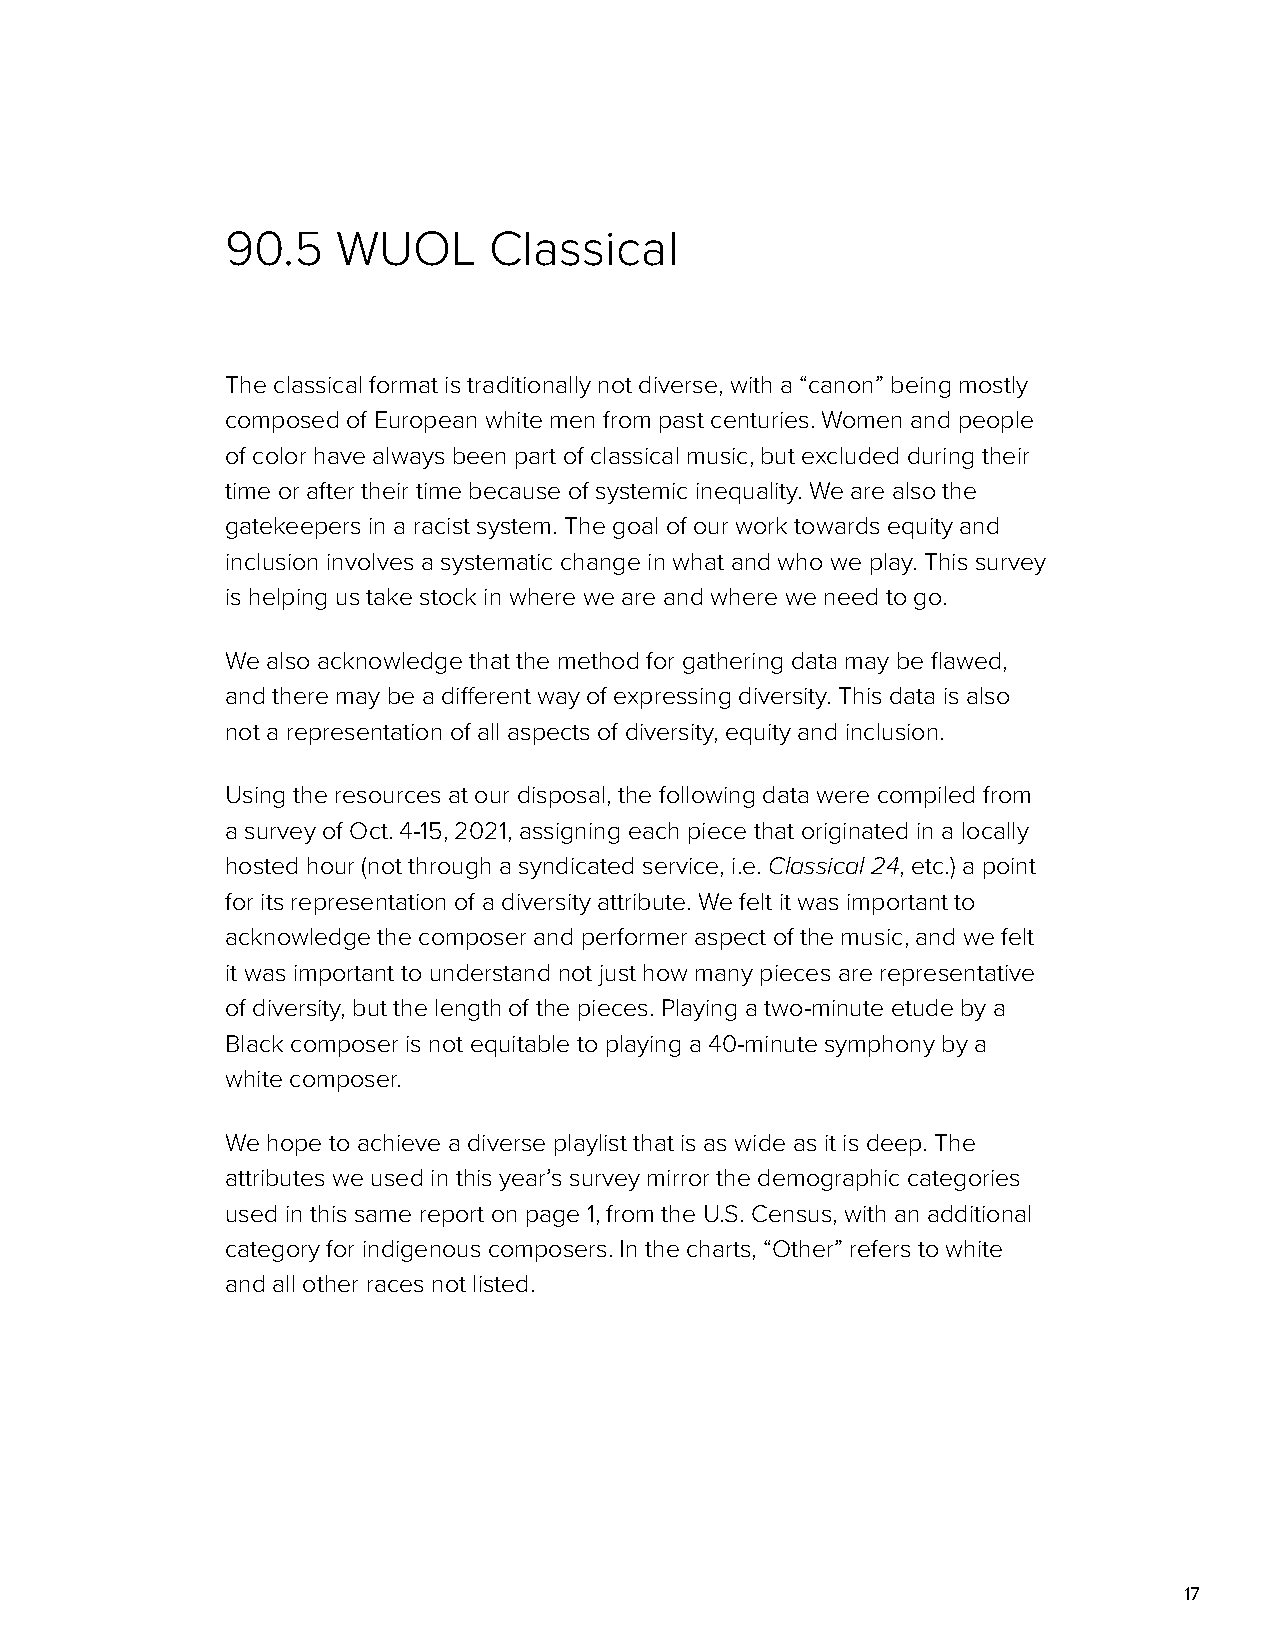
90.5   WUOL      Classical
 The classical format is traditionally not diverse, with a “canon” being mostly
 composed of European white men from past centuries. Women and people
 of color have always been part of classical music, but excluded during their
 time or after their time because of systemic inequality. We are also the
 gatekeepers in a racist system. The goal of our work towards equity and
 inclusion involves a systematic change in what and who we play. This survey
 is helping us take stock in where we are and where we need to go.
 We also acknowledge that the method for gathering data may be flawed,
 and there may be a different way of expressing diversity. This data is also
 not a representation of all aspects of diversity, equity and inclusion.
 Using the resources at our disposal, the following data were compiled from
 a survey of Oct. 4-15, 2021, assigning each piece that originated in a locally
 hosted hour (not through a syndicated service, i.e. Classical 24, etc.) a point
 for its representation of a diversity attribute. We felt it was important to
 acknowledge the composer and performer aspect of the music, and we felt
 it was important to understand not just how many pieces are representative
 of diversity, but the length of the pieces. Playing a two-minute etude by a
 Black composer is not equitable to playing a 40-minute symphony by a
 white composer.
 We hope to achieve a diverse playlist that is as wide as it is deep. The
 attributes we used in this year’s survey mirror the demographic categories
 used in this same report on page 1, from the U.S. Census, with an additional
 category for indigenous composers. In the charts, “Other” refers to white
 and all other races not listed.
 17